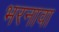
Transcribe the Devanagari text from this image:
भरनावा